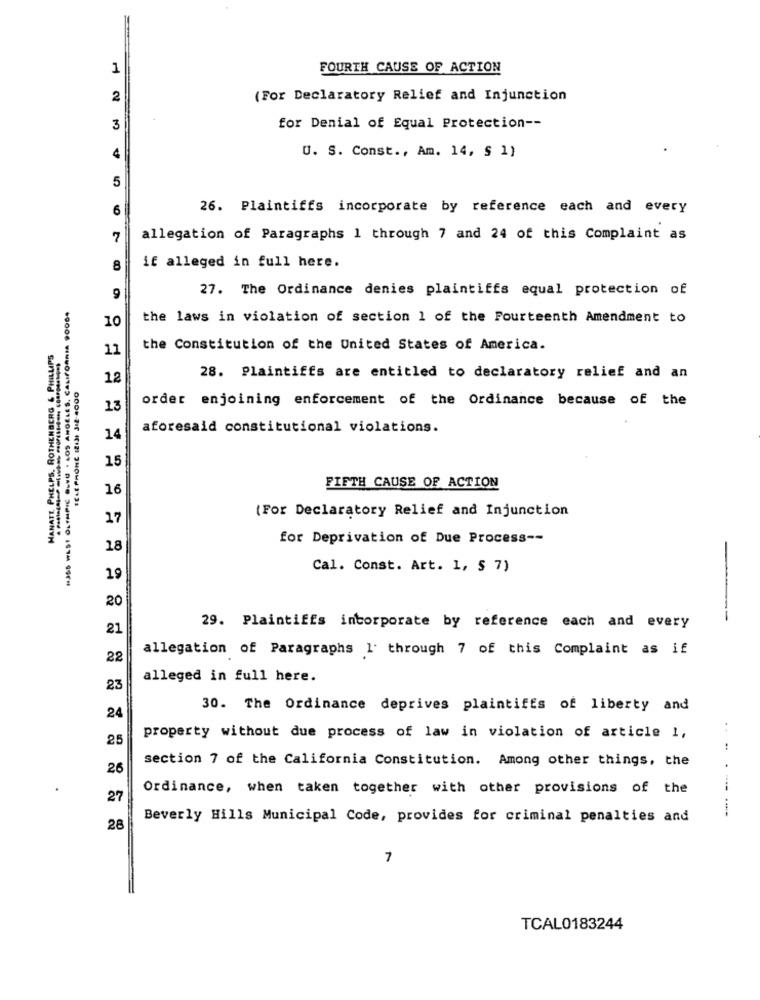
1
FOURTH CAUSE OF ACTION
2
(For Declaratory Relief and Injunction
3
for Denial of Equal Protection --
4
U. S. Const ., Am. 14, § 1)
5
6
26. Plaintiffs incorporate by reference each and every
7
allegation of Paragraphs 1 through 7 and 24 of this Complaint as
8
if alleged in full here.
27. The Ordinance denies plaintiffs equal protection of
9
1355 WLSI OLYMPIC OLVG - LOS ANGELES, CALIFORNIA 9006.
10
the laws in violation of section 1 of the Fourteenth Amendment to
HANATT, PHELPS. ROTHENBERG & PHILLIPS
11
the Constitution of the United States of America.
TELE PHONE II21 312-4000
12
28. Plaintiffs are entitled to declaratory relief and an
order enjoining enforcement of the Ordinance because of the
13
aforesaid constitutional violations.
14
15
16
FIFTH CAUSE OF ACTION
(For Declaratory Relief and Injunction
17
for Deprivation of Due Process --
18
-
Cal. Const. Art. 1, § 7)
19
20
--
21
29. Plaintiffs incorporate by reference each and every
allegation of Paragraphs 1 through 7 of this Complaint as if
22
alleged in full here.
23
30. The Ordinance deprives plaintiffs of liberty and
24
. .
25
property without due process of law in violation of article 1,
section 7 of the California Constitution. Among other things, the
26
Ordinance, when taken together with other provisions of the
27
Beverly Hills Municipal Code, provides for criminal penalties and
28
7
TCAL0183244